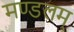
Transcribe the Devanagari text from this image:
मण्डलम्